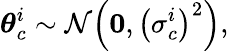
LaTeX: {\boldsymbol{\theta}}_{c}^{i}\sim{\cal{N}}{\left({\mathbf 0},{\left(\sigma_{c}^{i}\right)}^{2}\right),}